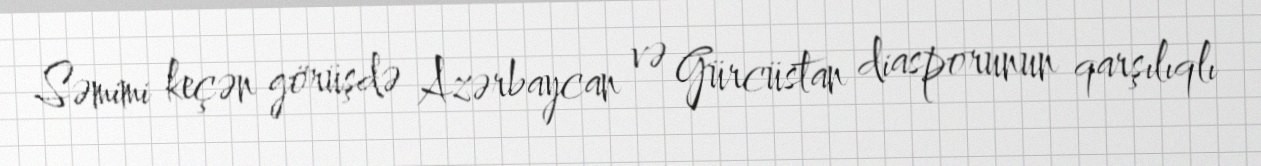
Səmimi keçən görüşdə Azərbaycan və Gürcüstan diasporunun qarşılıqlı